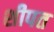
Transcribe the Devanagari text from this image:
शीपत